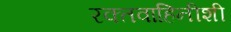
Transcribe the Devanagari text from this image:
रक्तवाहिनीशी